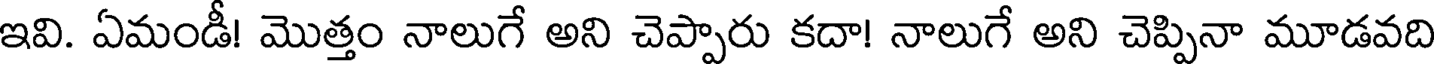
ఇవి. ఏమండీ! మొత్తం నాలుగే అని చెప్పారు కదా! నాలుగే అని చెప్పినా మూడవది